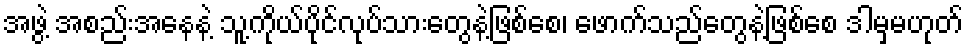
အဖွဲ့ အစည်းအနေနဲ့ သူ့ကိုယ်ပိုင်လုပ်သားတွေနဲ့ဖြစ်စေ၊ ဖောက်သည်တွေနဲ့ဖြစ်စေ ဒါမှမဟုတ်